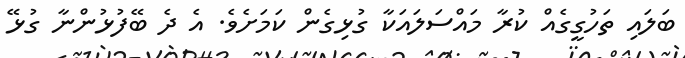
ބަލައި ތަހުގީގެއް ކުރާ މައްސަލައަކާ ގުޅިގެން ކަމަށެވެ. އެ ދެ ބޭފުޅުންނާ ގުޅޭ